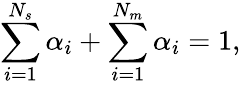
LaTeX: \sum_{i=1}^{N_{s}}\alpha_{i}+\sum_{i=1}^{N_{m}}\alpha_{i}=1,